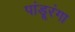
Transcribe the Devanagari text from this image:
पांडूरंगा